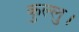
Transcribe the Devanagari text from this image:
कुल्‍लु।